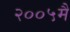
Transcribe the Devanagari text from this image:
२००५मै